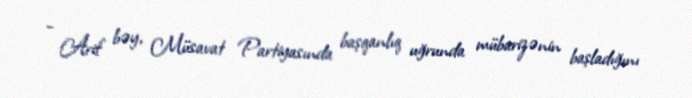
- Arif bəy, Müsavat Partiyasında başqanlıq uğrunda mübarizənin başladığını